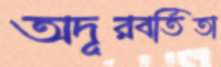
অদূরবর্তিতা